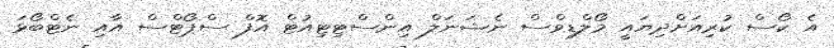
އެ ކޯސް ކުރިއަށްދިޔައީ މޯލްޑިވްސް ނެޝަނަލް އިންސްޓިޓިއުޓް އޮފް ސްޕޯޓްސް އާއި ނެޓްބޯޅަ